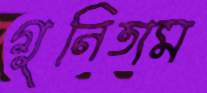
গুনিতাম